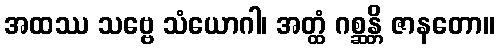
အထဿ သဗ္ဗေ သံယောဂါ၊ အတ္ထံ ဂစ္ဆန္တိ ဇာနတော။